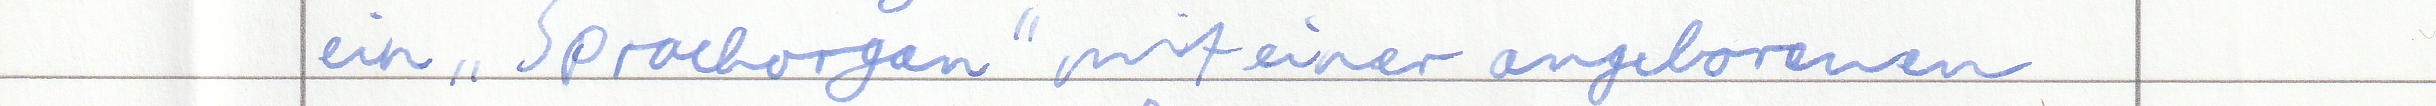
ein "Sprachorgan" mit einer angeborenen